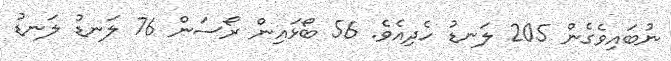
ނުބައިވެގެން 205 ލަނޑު ހެދިއެވެ. 56 ބޯޅައިން ރޯސަން 76 ލަނޑު ލަނޑު